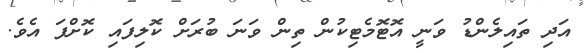
އަދި ތައިލެންޑު ވަނީ އޮޓޮމެޓިކުން ތިން ވަނަ ބުރަށް ކޮލިފައި ކޮށްފަ އެވެ.